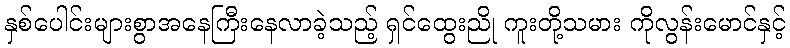
နှစ်ပေါင်းများစွာအနေကြီးနေလာခဲ့သည့် ရှင်ထွေးညို ကူးတို့သမား ကိုလွန်းမောင်နှင့်